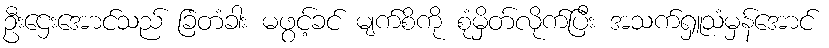
ဦးဌေးအောင်သည် ခြံတံခါး မဖွင့်ခင် မျက်စိကို စုံမှိတ်လိုက်ပြီး အသက်ရှူသံမှန်အောင်